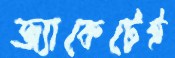
জ্যাকেটেই